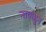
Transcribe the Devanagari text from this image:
नावाहुन